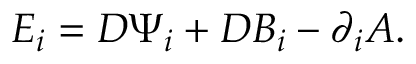
E _ { i } = D \Psi _ { i } + D B _ { i } - \partial _ { i } A .